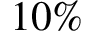
1 0 \%